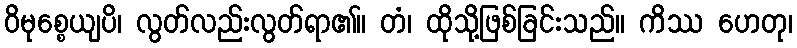
ဝိမုစ္စေယျပိ၊ လွတ်လည်းလွတ်ရာ၏။ တံ၊ ထိုသို့ဖြစ်ခြင်းသည်။ ကိဿ ဟေတု၊